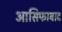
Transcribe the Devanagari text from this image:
आसिफाबाद